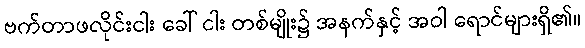
ဗက်တာဖလိုင်းငါး ခေါ် ငါး တစ်မျိုး၌ အနက်နှင့် အဝါ ရောင်များရှိ၏။